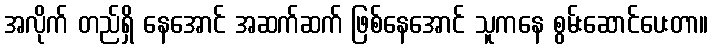
အလိုက် တည်ရှိ နေအောင် အဆက်ဆက် ဖြစ်နေအောင် သူကနေ စွမ်းဆောင်ပေးတာ။